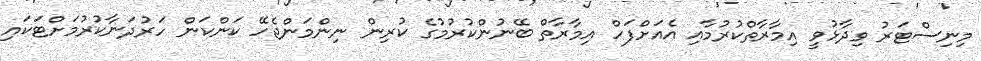
މިނިސްޓަރު ވިދާޅުވީ އިމާރާތްކުރުމާއި އެއަށްފަހް އިމާރާތް ބޭނުންކުރުމުގެ ކުރިން ނިންމަންޖެހޭ ކަންކަން ހަރުދަނާކުރުމަށްޓަކައި